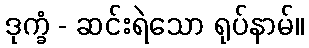
ဒုက္ခံ - ဆင်းရဲသော ရုပ်နာမ်။